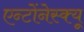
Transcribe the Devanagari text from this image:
एन्टोंनेस्क्यू